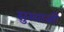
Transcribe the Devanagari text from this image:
सुम्पाजी